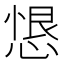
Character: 𢝧